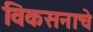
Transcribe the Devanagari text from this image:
विकसनाचे